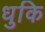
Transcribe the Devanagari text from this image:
धुकि